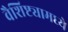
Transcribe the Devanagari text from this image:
वैशिष्ट्यामध्ये